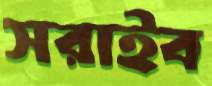
সরাইব